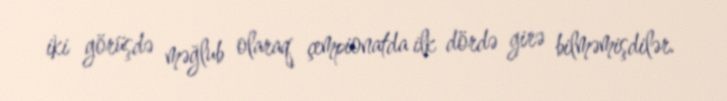
iki görüşdə məğlub olaraq çempionatda ilk dördə girə bilməmişdilər.